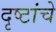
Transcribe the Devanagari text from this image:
दृष्टांचे